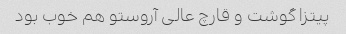
پیتزا گوشت و قارچ عالی آروستو هم خوب بود